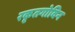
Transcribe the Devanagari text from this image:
रकृतगोविन